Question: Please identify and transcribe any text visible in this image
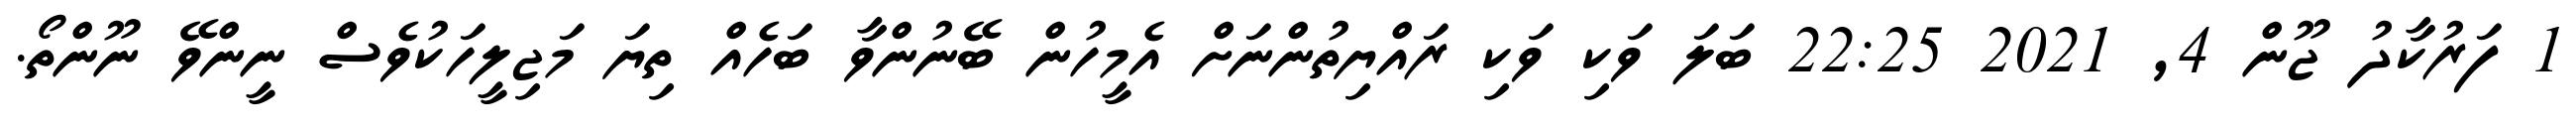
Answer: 1 ފަރުކާދު ޖޫން 4, 2021 22:25 ބަލަ ވަކި ވަކި ރައްޔިތުންނަށް އެމީހުން ބޭނުންވާ ބަހެއް ތިޔަ މަޖިލީހަކުވެސް ނީންވޭ ނޫންތޯ.